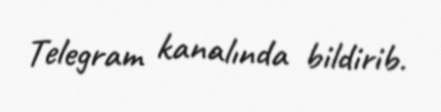
Telegram kanalında bildirib.